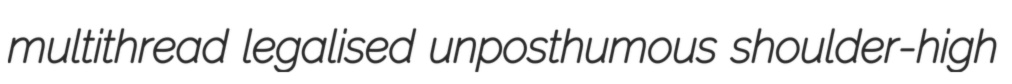
multithread legalised unposthumous shoulder-high